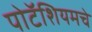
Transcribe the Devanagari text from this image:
पोटॅशियमचे